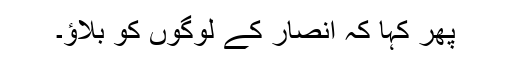
پھر کہا کہ انصار کے لوگوں کو بلاؤ۔